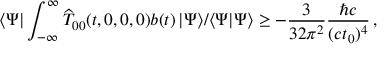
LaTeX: \langle \Psi | \int _ { - \infty } ^ { \infty } { \widehat T } _ { 0 0 } ( t , 0 , 0 , 0 ) b ( t ) \, \d t | \Psi \rangle / \langle \Psi | \Psi \rangle \geq - { \frac { 3 } { 3 2 \pi ^ { 2 } } } { \frac { \hbar c } { ( c t _ { 0 } ) ^ { 4 } } } \, ,